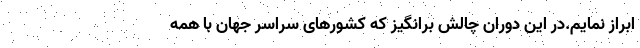
ابراز نمایم.در این دوران چالش برانگیز که کشورهای سراسر جهان با همه